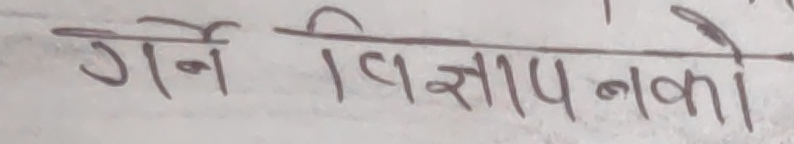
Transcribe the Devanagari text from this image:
गर्ने विज्ञापनको